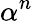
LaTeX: \alpha^{n}